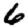
Digit: 6